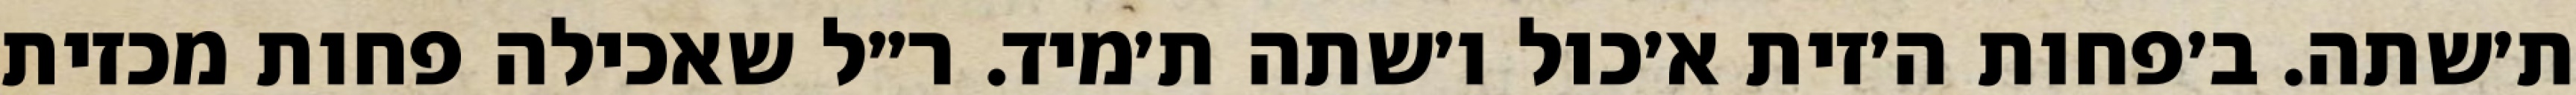
ת׳שתה. ב׳פחות ה׳זית א׳כול ו׳שתה ת׳מיד. ר״ל שאכילה פחות מכזית